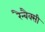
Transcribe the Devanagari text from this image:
रैन्बैक्सी